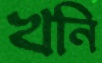
খনি